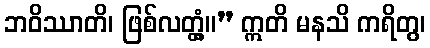
ဘဝိဿာတိ၊ ဖြစ်လတ္တံ့။” ဣတိ မနသိ ကရိတွ၊